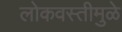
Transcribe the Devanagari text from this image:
लोकवस्तीमुळे